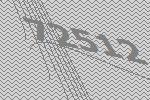
72512